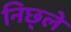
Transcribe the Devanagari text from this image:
निछ्ले